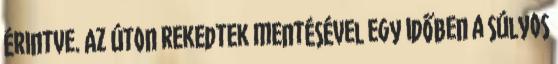
érintve. Az úton rekedtek mentésével egy időben a súlyos